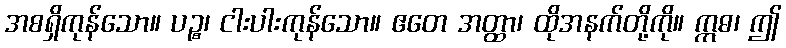
အစရှိကုန်သော။ ပဉ္စ၊ ငါးပါးကုန်သော။ ဧတေ အတ္ထာ၊ ထိုအနက်တို့ကို။ ဣဓ၊ ဤ